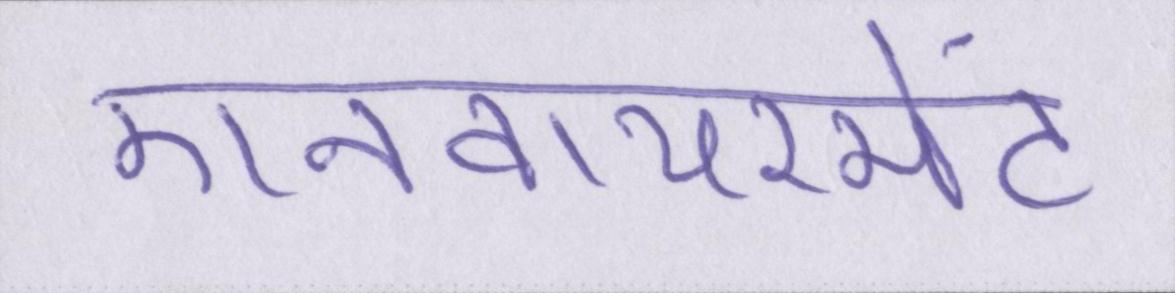
एनवायरमेंट